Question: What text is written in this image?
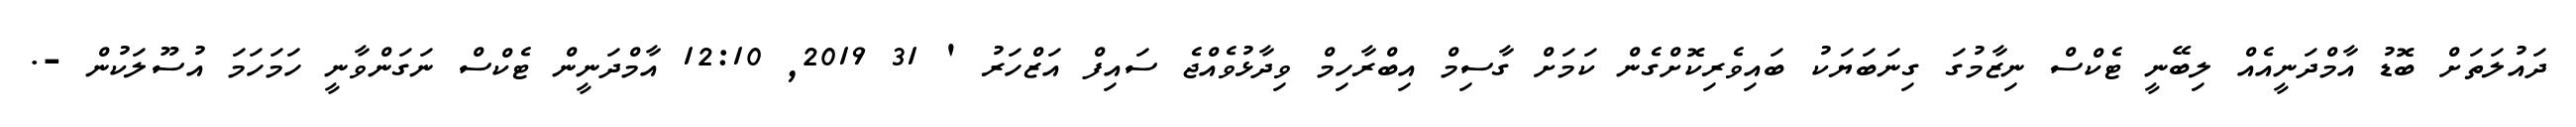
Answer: ދައުލަތަށް ބޮޑު އާމްދަނީއެއް ލިބޭނީ ޓެކްސް ނިޒާމުގަ ގިނަބަޔަކު ބައިވެރިކޮށްގެން ކަމަށް ގާސިމް އިބްރާހިމް ވިދާޅުވެއްޖެ ސައިފް އަޒްހަރު ' 31 2019, 12:10 އާމްދަނީން ޓެކްސް ނަގަންވާނީ ހަމަހަމަ އުސޫލަކުން -.